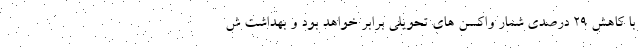
با کاهش ۲۹ درصدی شمار واکسن های تحویلی برابر خواهد بود و بهداشت ش